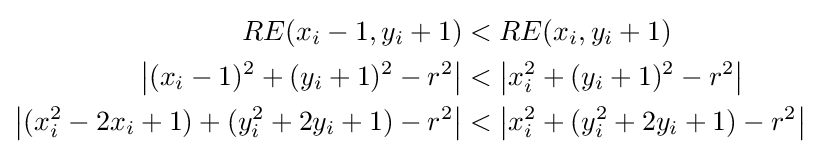
{\begin{aligned}RE(x_{i}-1,y_{i}+1)&<RE(x_{i},y_{i}+1)\\\left\vert (x_{i}-1)^{2}+(y_{i}+1)^{2}-r^{2}\right\vert &<\left\vert x_{i}^{2}+(y_{i}+1)^{2}-r^{2}\right\vert \\\left\vert (x_{i}^{2}-2x_{i}+1)+(y_{i}^{2}+2y_{i}+1)-r^{2}\right\vert &<\left\vert x_{i}^{2}+(y_{i}^{2}+2y_{i}+1)-r^{2}\right\vert \\\end{aligned}}